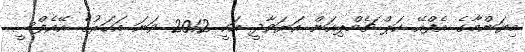
މިޔަންމާގެ އެފްއޭ ކަޕް ޗެމްޕިއަން އަޔަވާދީ އަކީ 2012 ވަނަ އަހަރުގެ އޭއެފްސީ